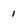
Character: 1